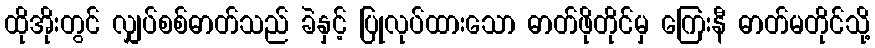
ထိုအိုးတွင် လျှပ်စစ်ဓာတ်သည် ခဲနှင့် ပြုလုပ်ထားသော ဓာတ်ဖိုတိုင်မှ ကြေးနီ ဓာတ်မတိုင်သို့